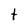
Character: t